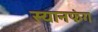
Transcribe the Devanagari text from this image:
स्यानफंग